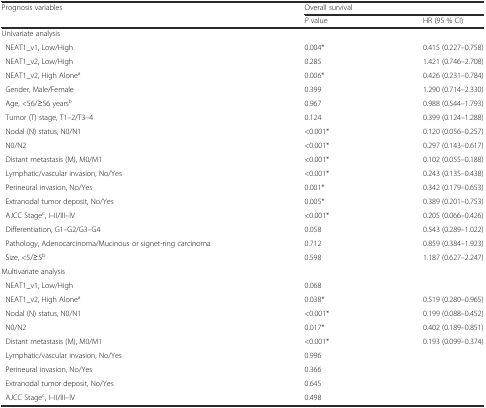
<table><thead><tr><td rowspan="2"><b>Prognosis variables</b></td><td colspan="2"><b>Overall survival</b></td></tr><tr><td><b><i>P</i> value</b></td><td><b>HR (95 % CI)</b></td></tr></thead><tbody><tr><td>Univariate analysis</td><td></td><td></td></tr><tr><td> NEAT1_v1, Low/High</td><td>0.004*</td><td>0.415 (0.227–0.758)</td></tr><tr><td> NEAT1_v2, Low/High</td><td>0.285</td><td>1.421 (0.746–2.708)</td></tr><tr><td> NEAT1_v2, High Alone<sup>a</sup></td><td>0.006*</td><td>0.426 (0.231–0.784)</td></tr><tr><td> Gender, Male/Female</td><td>0.399</td><td>1.290 (0.714–2.330)</td></tr><tr><td> Age, &lt;56/≥56 years<sup>b</sup></td><td>0.967</td><td>0.988 (0.544–1.793)</td></tr><tr><td> Tumor (T) stage, T1–2/T3–4</td><td>0.124</td><td>0.399 (0.124–1.288)</td></tr><tr><td> Nodal (N) status, N0/N1</td><td>&lt;0.001*</td><td>0.120 (0.056–0.257)</td></tr><tr><td> N0/N2</td><td>&lt;0.001*</td><td>0.297 (0.143–0.617)</td></tr><tr><td> Distant metastasis (M), M0/M1</td><td>&lt;0.001*</td><td>0.102 (0.055–0.188)</td></tr><tr><td> Lymphatic/vascular invasion, No/Yes</td><td>&lt;0.001*</td><td>0.243 (0.135–0.438)</td></tr><tr><td> Perineural invasion, No/Yes</td><td>0.001*</td><td>0.342 (0.179–0.653)</td></tr><tr><td> Extranodal tumor deposit, No/Yes</td><td>0.005*</td><td>0.389 (0.201–0.753)</td></tr><tr><td> AJCC Stage<sup>c</sup>, I–II/III–IV</td><td>&lt;0.001*</td><td>0.205 (0.066–0.426)</td></tr><tr><td> Differentiation, G1–G2/G3–G4</td><td>0.058</td><td>0.543 (0.289–1.022)</td></tr><tr><td> Pathology, Adenocarcinoma/Mucinous or signet-ring carcinoma</td><td>0.712</td><td>0.859 (0.384–1.923)</td></tr><tr><td> Size, &lt;5/≥5<sup>b</sup></td><td>0.598</td><td>1.187 (0.627–2.247)</td></tr><tr><td>Multivariate analysis</td><td></td><td></td></tr><tr><td> NEAT1_v1, Low/High</td><td>0.068</td><td></td></tr><tr><td> NEAT1_v2, High Alone<sup>a</sup></td><td>0.038*</td><td>0.519 (0.280–0.965)</td></tr><tr><td> Nodal (N) status, N0/N1</td><td>&lt;0.001*</td><td>0.199 (0.088–0.452)</td></tr><tr><td> N0/N2</td><td>0.017*</td><td>0.402 (0.189–0.851)</td></tr><tr><td> Distant metastasis (M), M0/M1</td><td>&lt;0.001*</td><td>0.193 (0.099–0.374)</td></tr><tr><td> Lymphatic/vascular invasion, No/Yes</td><td>0.996</td><td></td></tr><tr><td> Perineural invasion, No/Yes</td><td>0.366</td><td></td></tr><tr><td> Extranodal tumor deposit, No/Yes</td><td>0.645</td><td></td></tr><tr><td> AJCC Stage<sup>c</sup>, I–II/III–IV</td><td>0.498</td><td></td></tr></tbody></table>